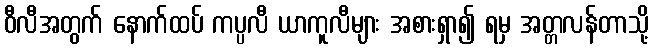
ဝီလီအတွက် နောက်ထပ် ကပ္ပလီ ယာကူလီများ အစားရှာ၍ ရမှ အတ္တလန်တာသို့